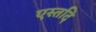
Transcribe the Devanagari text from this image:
एस्तदि